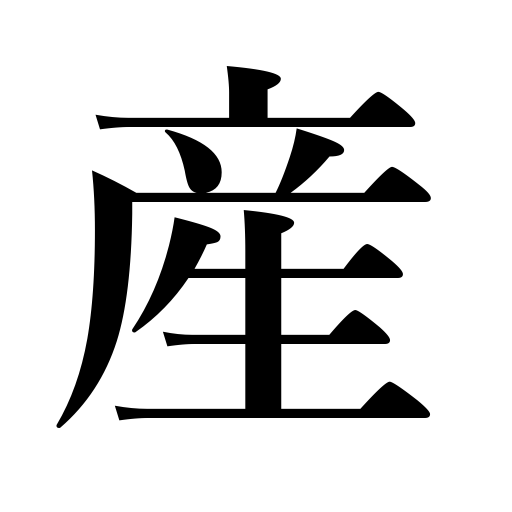
Meanings: be born,bear,produce,property,fortune,yield interest,product,give birth to,native of a place,childbirth,breed,spawn